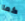
كما